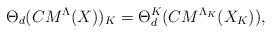
LaTeX: \begin{align*}\Theta_d(CM^\Lambda(X))_K=\Theta_d^K(CM^{\Lambda_K}(X_K)),\end{align*}